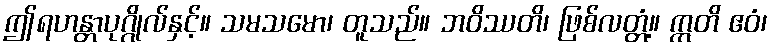
ဤရဟန္တာပုဂ္ဂိုလ်နှင့်။ သမသမော၊ တူသည်။ ဘဝိဿတိ၊ ဖြစ်လတ္တံ့။ ဣတိ ဧဝံ၊